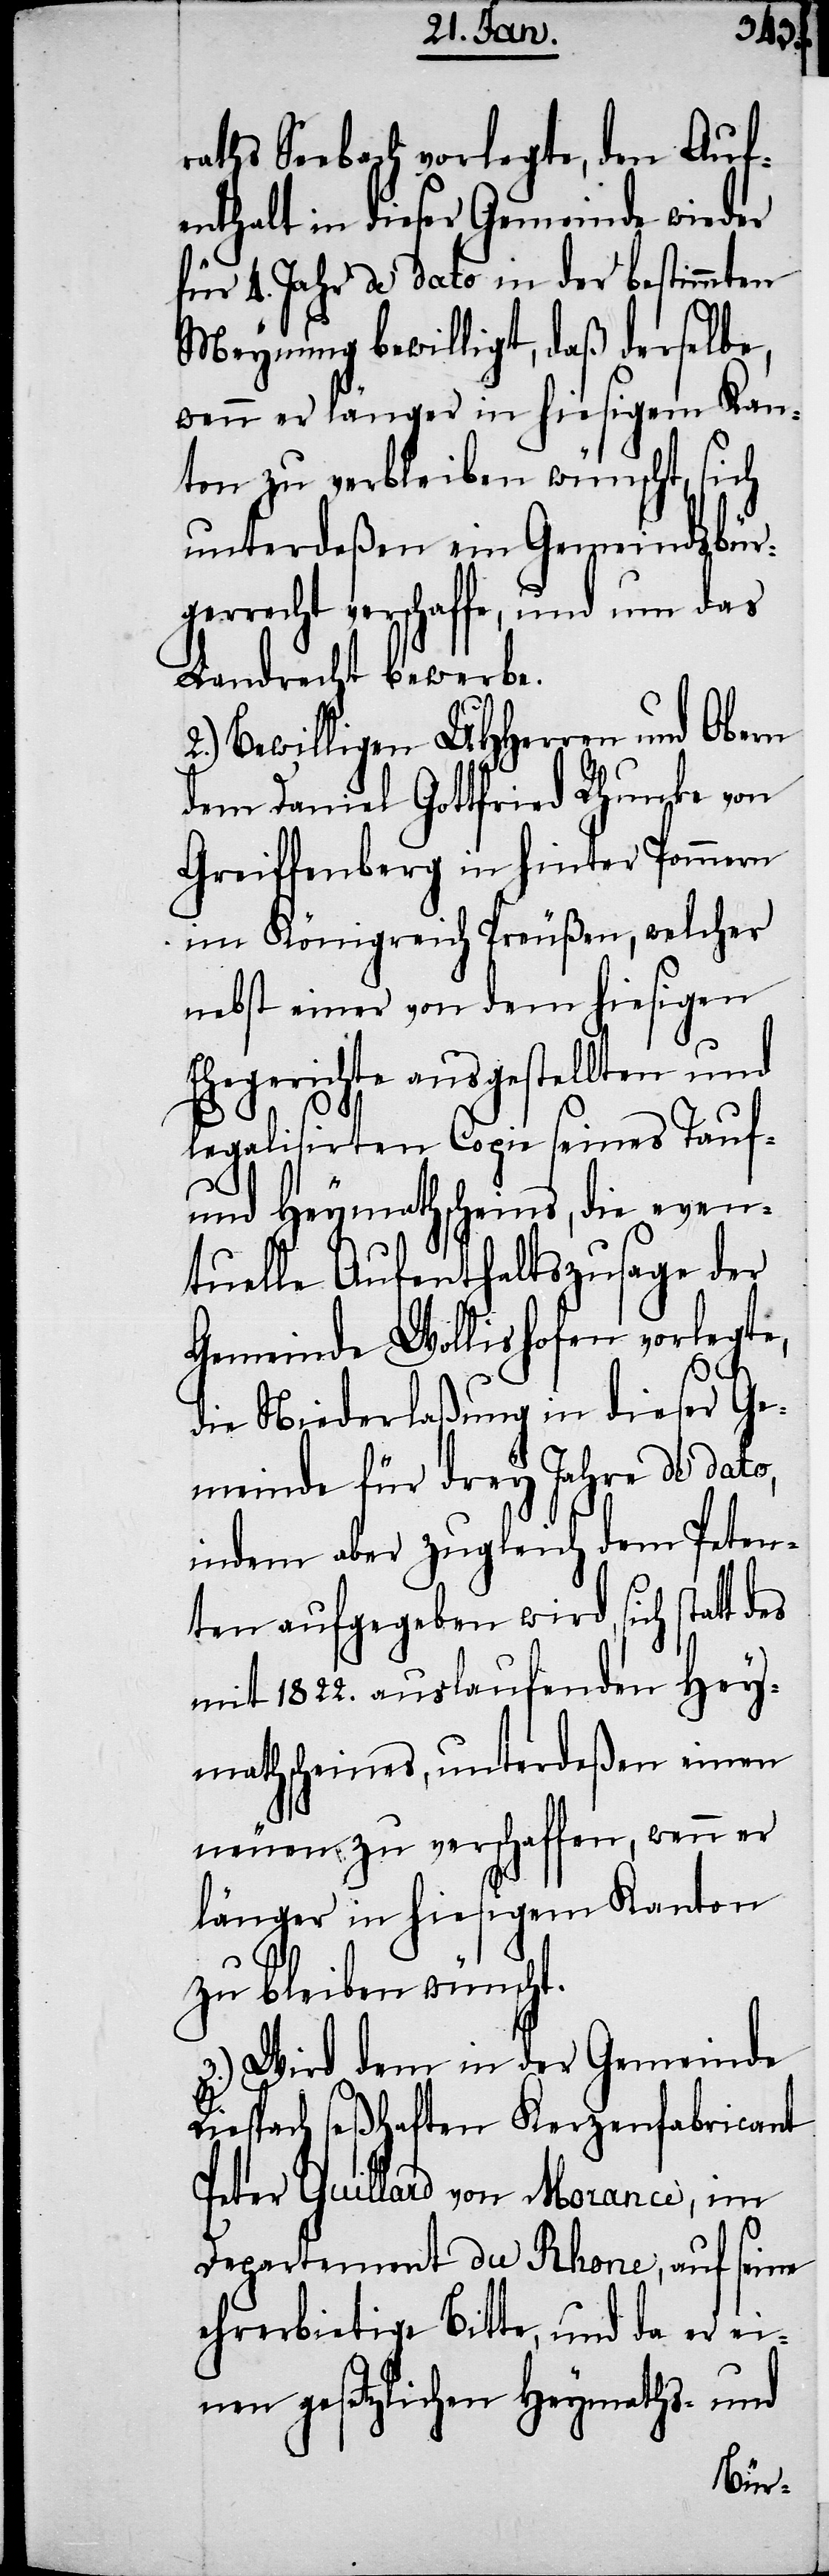
raths Seebach vorlegte, den Auf¬
enthalt in dieser Gemeinde wieder
für 4. Jahr de dato in der bestimmten
Meynung bewilligt, daß derselbe,
wenn er länger in hiesigem Kan¬
ton zu verbleiben wünscht, sich
unterdeßen ein Gemeindsbür¬
gerrecht verschaffe, und um das
Landrecht bewerbe.
Bewilligen UHHerren und Obern
dem Daniel Gottfried Rhunke von
Greiffenberg in hinter Pommern
im Königreich Preußen, welcher
nebst einer von dem hiesigen
Ehegerichte ausgestellten und
legalisirten Copie seines Tauf-
und Heymathscheins, die even¬
tuelle Aufenthaltszusage der
Gemeinde Wollishofen vorlegte,
die Niederlaßung in dieser Ge¬
meinde für drey Jahre de dato,
indem aber zugleich dem Peten¬
ten aufgegeben wird, sich statt
mit 1822. auslaufenden Hey¬
mathscheines, unterdeßen einen
neuen zu verschaffen, wenn er
länger in hiesigem Kanton
zu bleiben wünscht.
Wird dem in der Gemeinde
Riespach seßhaften Kerzenfabricant
Peter Guillard von Morance, im
Departement du Rhone, auf seine
ehrerbietige Bitte, und da er ei¬
nen gesetzlichen Heymaths- und